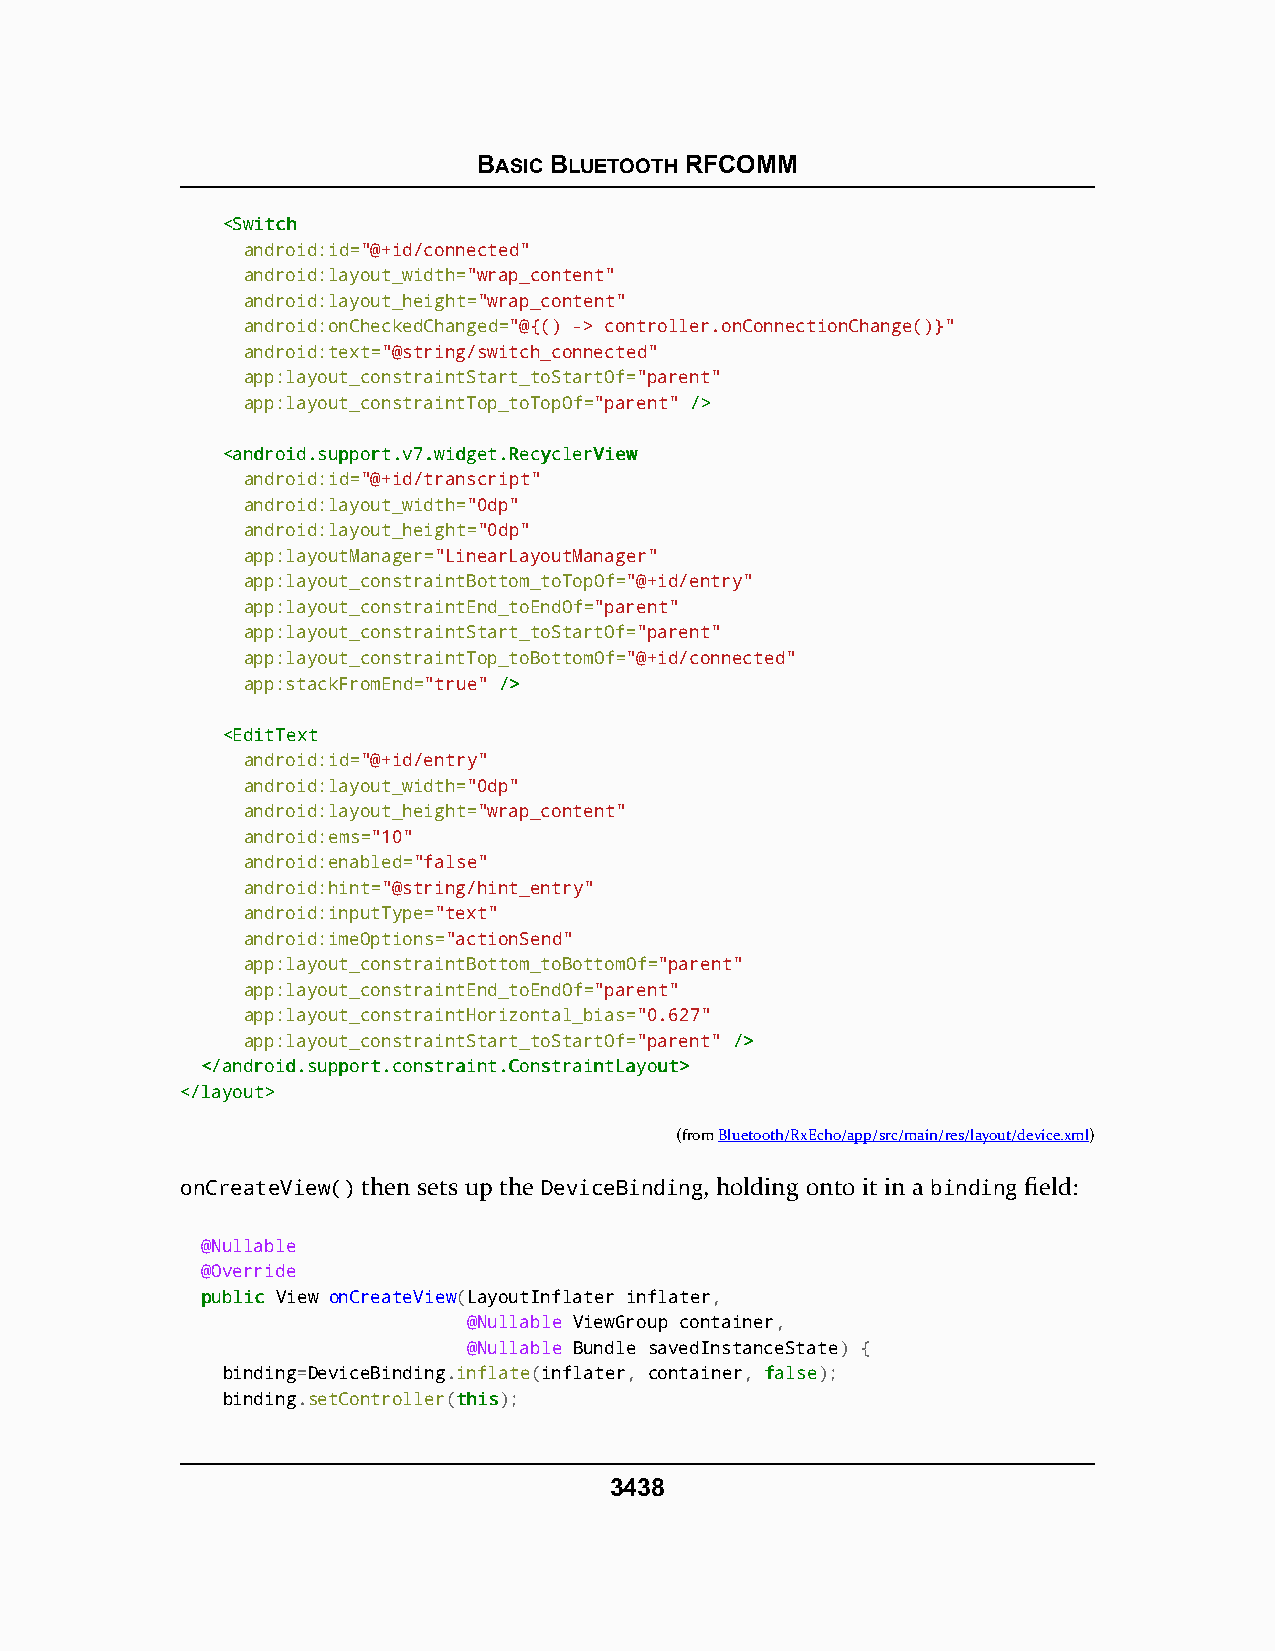
BASIC BLUETOOTH RFCOMM
 <<SSwwiittcchh
 android:id="@+id/connected"
 android:layout_width="wrap_content"
 android:layout_height="wrap_content"
 android:onCheckedChanged="@{() -> controller.onConnectionChange()}"
 android:text="@string/switch_connected"
 app:layout_constraintStart_toStartOf="parent"
 app:layout_constraintTop_toTopOf="parent" //>>
 <<aannddrrooiidd..ssuuppppoorrtt..vv77..wwiiddggeett..RReeccyycclleerrVViieeww
 android:id="@+id/transcript"
 android:layout_width="0dp"
 android:layout_height="0dp"
 app:layoutManager="LinearLayoutManager"
 app:layout_constraintBottom_toTopOf="@+id/entry"
 app:layout_constraintEnd_toEndOf="parent"
 app:layout_constraintStart_toStartOf="parent"
 app:layout_constraintTop_toBottomOf="@+id/connected"
 app:stackFromEnd="true" //>>
 <<EEddiittTTeexxtt
 android:id="@+id/entry"
 android:layout_width="0dp"
 android:layout_height="wrap_content"
 android:ems="10"
 android:enabled="false"
 android:hint="@string/hint_entry"
 android:inputType="text"
 android:imeOptions="actionSend"
 app:layout_constraintBottom_toBottomOf="parent"
 app:layout_constraintEnd_toEndOf="parent"
 app:layout_constraintHorizontal_bias="0.627"
 app:layout_constraintStart_toStartOf="parent" //>>
 <<//aannddrrooiidd..ssuuppppoorrtt..ccoonnssttrraaiinntt..CCoonnssttrraaiinnttLLaayyoouutt>>
 <<//llaayyoouutt>>
 (fromBluetooth/RxEcho/app/src/main/res/layout/device.xml)
 onCreateView() then sets up the DeviceBinding, holding onto it in a binding field:
 @Nullable
 @Override
 ppuubblliicc View onCreateView(LayoutInflater inflater,
 @Nullable ViewGroup container,
 @Nullable Bundle savedInstanceState) {
 binding=DeviceBinding.inflate(inflater, container, ffaallssee);
 binding.setController(tthhiiss);
 3438